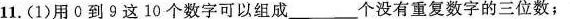
11.(1)用0到9这10个数字可以组成____个没有重复数字的三位数；